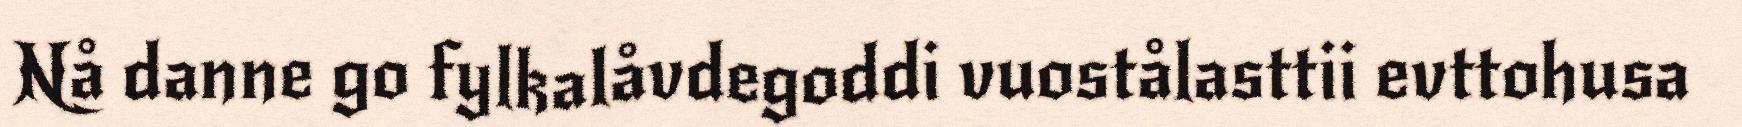
Nå danne go fylkalåvdegoddi vuostålasttii evttohusa